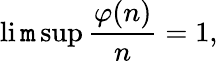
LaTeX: \operatorname*{li\mathtt{m}}\operatorname*{sup}{\frac{{\varphi(n)}}{{n}}}=1,